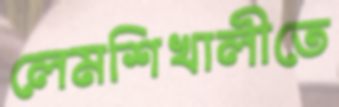
লেমশিখালীতে